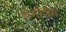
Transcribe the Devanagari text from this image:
सेनीजेस